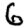
Digit: 6